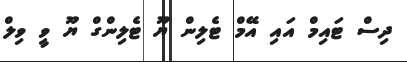
ދިސް ޓައިމް އައި އޭމް ޓެލިން ޔޫ ޓެލިންގް ޔޫ ވީ ވިލް